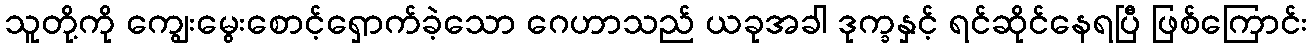
သူတို့ကို ကျွေးမွေးစောင့်ရှောက်ခဲ့သော ဂေဟာသည် ယခုအခါ ဒုက္ခနှင့် ရင်ဆိုင်နေရပြီ ဖြစ်ကြောင်း